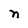
Character: n